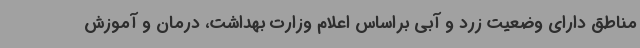
مناطق دارای وضعیت زرد و آبی براساس اعلام وزارت بهداشت، درمان و آموزش